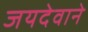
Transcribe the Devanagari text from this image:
जयदेवाने